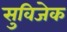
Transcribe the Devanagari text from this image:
सुविजेक